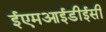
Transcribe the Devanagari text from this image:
ईएमआईडीईसी